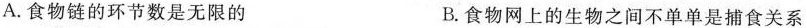
A.食物链的环节数是无限的 B.食物网上的生物之间不单单是捕食关系